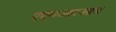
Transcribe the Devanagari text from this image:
एएमआरआय